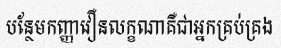
បន្ថែមកញ្ញាវឿនលក្ខណាគឺជាអ្នកគ្រប់គ្រង